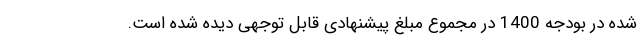
شده در بودجه 1400 در مجموع مبلغ پیشنهادی قابل توجهی دیده شده است.